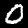
Digit: 0